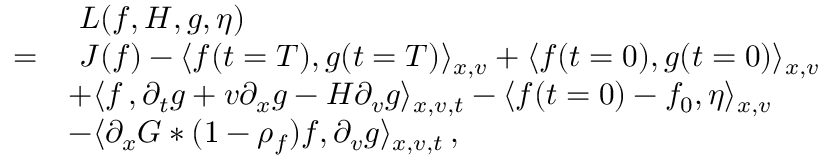
\begin{array} { r l } & { \, \, L ( f , H , g , \eta ) } \\ { = } & { \, \, J ( f ) - \langle f ( t = T ) , g ( t = T ) \rangle _ { x , v } + \langle f ( t = 0 ) , g ( t = 0 ) \rangle _ { x , v } } \\ & { + \langle f \, , \partial _ { t } g + v \partial _ { x } g - H \partial _ { v } g \rangle _ { x , v , t } - \langle f ( t = 0 ) - f _ { 0 } , \eta \rangle _ { x , v } } \\ & { - \langle \partial _ { x } G \ast ( 1 - \rho _ { f } ) f , \partial _ { v } g \rangle _ { x , v , t } \, , } \end{array}